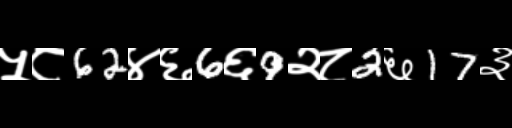
Text: ५८62४६6६9२८2६17३